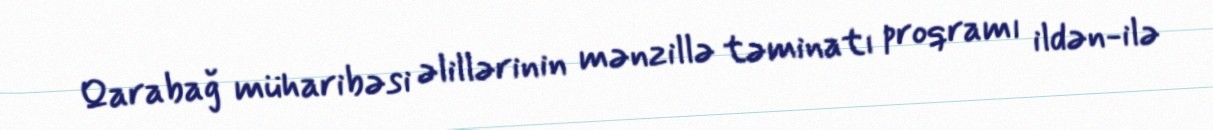
Qarabağ müharibəsi əlillərinin mənzillə təminatı proqramı ildən-ilə